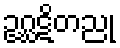
ဥဂ္ဃဋိတညု